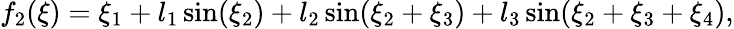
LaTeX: f_{2}(\xi)=\xi_{1}+l_{1}\sin(\xi_{2})+l_{2}\sin(\xi_{2}+\xi_{3})+l_{3}\sin(\xi_{2}+\xi_{3}+\xi_{4}),